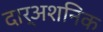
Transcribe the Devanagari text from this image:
दार्अशनिक